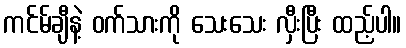
ကင်မ်ချီနဲ့ ဝက်သားကို သေးသေး လှီးပြီး ထည့်ပါ။